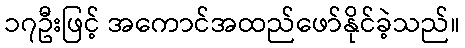
၁၇ဦးဖြင့် အကောင်အထည်ဖော်နိုင်ခဲ့သည်။